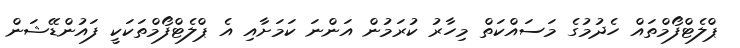
ޕްލެޓްފޯމްތައް ހެދުމުގެ މަސައްކަތް މިހާރު ކުރަމުން އަންނަ ކަމަށާއި އެ ޕްލެޓްފޯމްތަކަކީ ފައުންޑޭޝަން